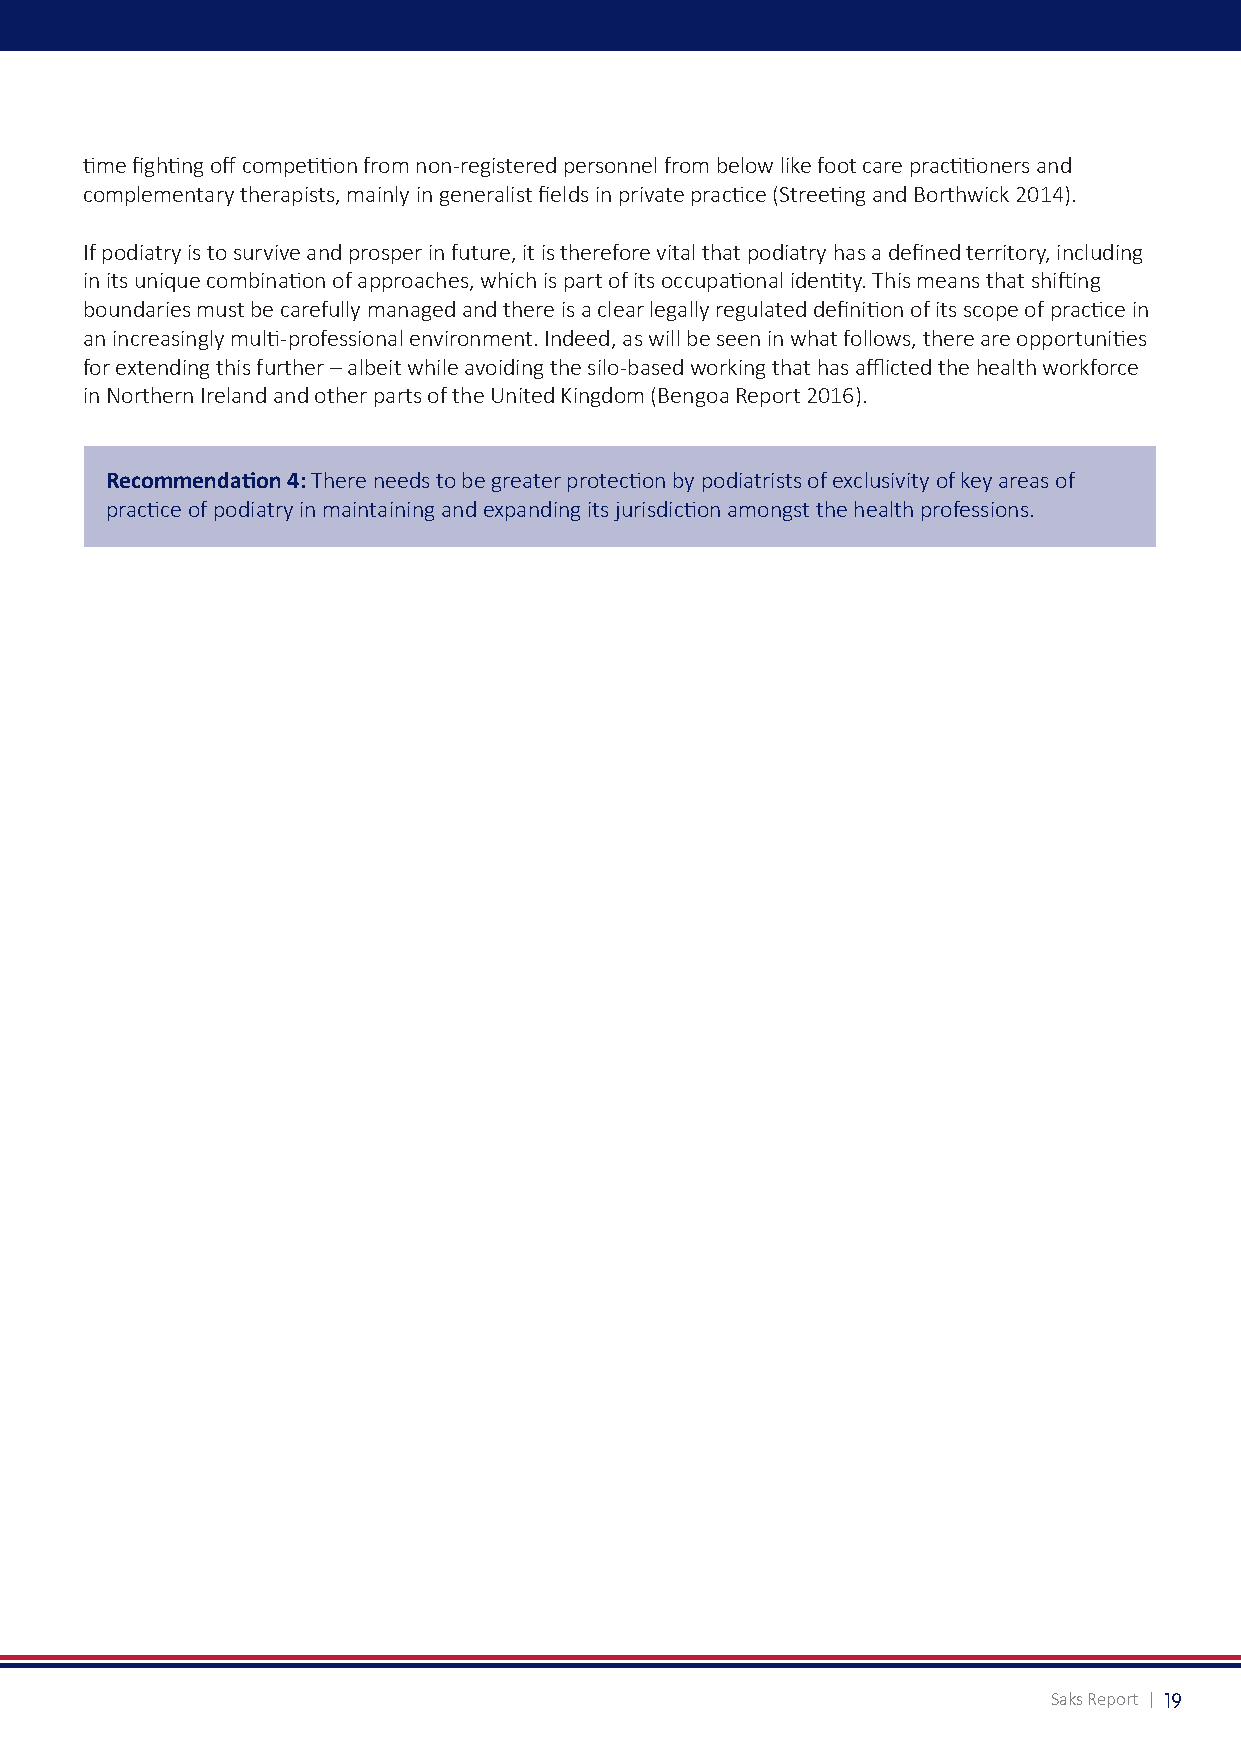
time fighting off competition from non-registered personnel from below like foot care practitioners and
 complementary therapists, mainly in generalist fields in private practice (Streeting and Borthwick 2014).
 If podiatry is to survive and prosper in future, it is therefore vital that podiatry has a defined territory, including
 in its unique combination of approaches, which is part of its occupational identity. This means that shifting
 boundaries must be carefully managed and there is a clear legally regulated definition of its scope of practice in
 an increasingly multi-professional environment. Indeed, as will be seen in what follows, there are opportunities
 for extending this further – albeit while avoiding the silo-based working that has afflicted the health workforce
 in Northern Ireland and other parts of the United Kingdom (Bengoa Report 2016).
 Recommendation 4: There needs to be greater protection by podiatrists of exclusivity of key areas of
 practice of podiatry in maintaining and expanding its jurisdiction amongst the health professions.
 Saks Report | 19